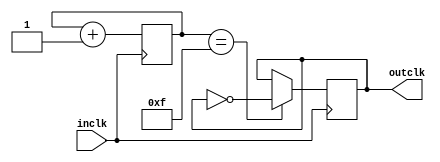
module prescaler(
  input wire inclk,
  output reg outclk
    );

reg [3:0] counter;

always @(posedge inclk)
begin
  counter <= counter + 1'b1;
  if(counter==4'b1111)
     outclk<=~outclk;
end 
endmodule